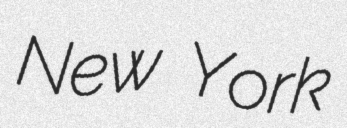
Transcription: New York